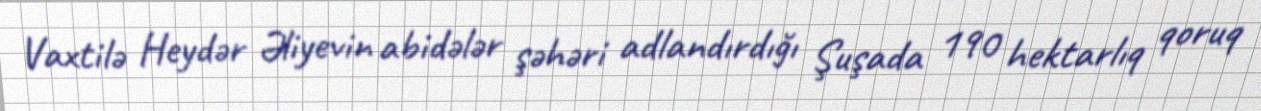
Vaxtilə Heydər Əliyevin abidələr şəhəri adlandırdığı Şuşada 190 hektarlıq qoruq